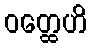
ဝတ္ထေဟိ